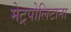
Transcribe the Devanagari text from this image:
मेट्रपोलिटाना